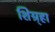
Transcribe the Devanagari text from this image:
शिग्र्हा